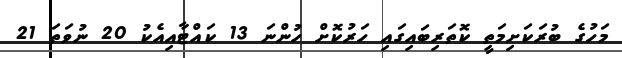
މަހުގެ ބުރަކަށިމަތީ ކޮތަރިބައިގައި ހަރުކޮށް ހުންނަ 13 ކައްޓާއިއެކު 20 ނުވަތަ 21